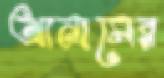
আনামের